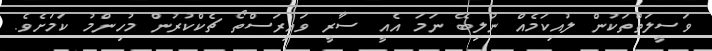
ވަސީލަތްތަކުން ލުއިކަމެއް ނުލިބޭ ނަމަ އެއީ ސާރީ ވައިރަސްތޯ ޗެކްކުރުން މުހިންމު ކަމަށެވެ.